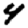
Digit: 4